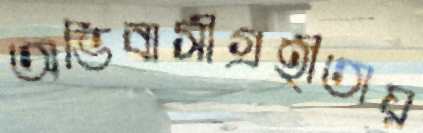
অভিবাসীগ্রহীতায়